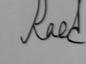
Signature authenticity: genuine